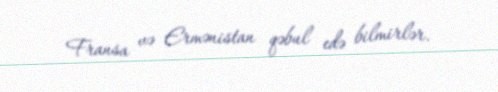
Fransa və Ermənistan qəbul edə bilmirlər.